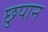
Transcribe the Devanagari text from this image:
छुपान